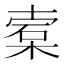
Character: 𬃖